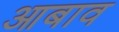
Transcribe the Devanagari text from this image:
आबाव